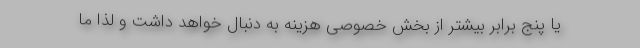
یا پنج برابر بیشتر از بخش خصوصی هزینه به دنبال خواهد داشت و لذا ما